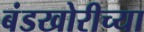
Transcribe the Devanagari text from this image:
बंडखोरीच्या